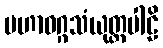
မဟာဝဂ္ဂသံယုတ္တပါဠိ